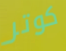
كوتر